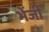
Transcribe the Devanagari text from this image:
भेंजी